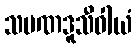
သမဏဒူသီဝါယံ